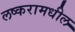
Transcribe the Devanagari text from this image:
लष्करामधील